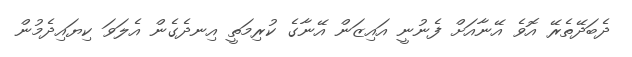
ދެބަދޭތެރޭ އޮވެ އޭނާއަށް ފެނުނީ އައިޒަން އޭނާގެ ކުރިމަތީ އިނދެގެން އެލަވަ ކިޔައިދެމުން